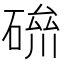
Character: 𥔪